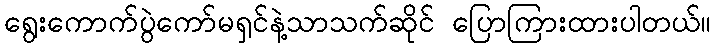
ရွေးကောက်ပွဲကော်မရှင်နဲ့သာသက်ဆိုင် ပြောကြားထားပါတယ်။